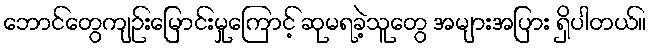
ဘောင်တွေကျဉ်းမြောင်းမှုကြောင့် ဆုမရခဲ့သူတွေ အများအပြား ရှိပါတယ်။